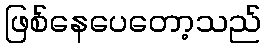
ဖြစ်နေပေတော့သည်